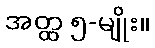
အတ္ထ ၅-မျိုး။